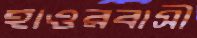
হাওরবাসী